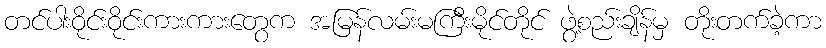
တင်ပါးဝိုင်းဝိုင်းကားကားတွေက အမြန်လမ်းမကြီးမိုင်တိုင် ဖွဲ့စည်းချိန်မှ တိုးတက်ခဲ့ကာ